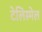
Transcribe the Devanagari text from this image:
टेलिस्मेल